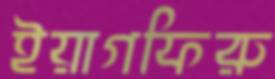
ইয়াগফিরু